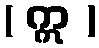
( ဣ )